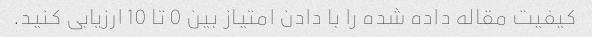
کیفیت مقاله داده شده را با دادن امتیاز بین 0 تا 10 ارزیابی کنید.